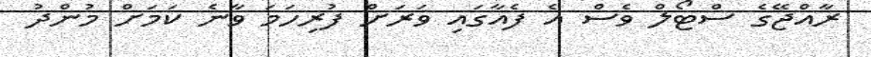
ރާއްޖޭގެ ސްޓޯލް ވެސް އެ ފެއާގައި ވަރަށް ފުރިހަަމަ ވާނެ ކަމަށް މުންދު